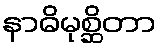
နာဓိမုစ္ဆိတာ